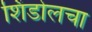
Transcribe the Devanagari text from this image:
शिंडोलचा